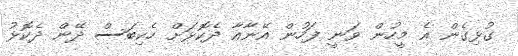
ގުޅިގެން އެ މީހުން ވަނީ ފަހުން އޭނާއާ ދެކޮޅަށް ހެކިބަސް ދޭން ދެކޮޅު